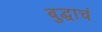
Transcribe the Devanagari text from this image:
बुद्धाचं